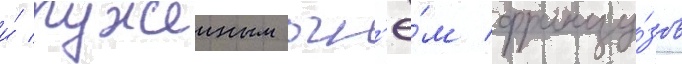
и́ ружеиным огн'ё́м францу́зов